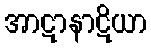
အာဋာနာဋိယာ